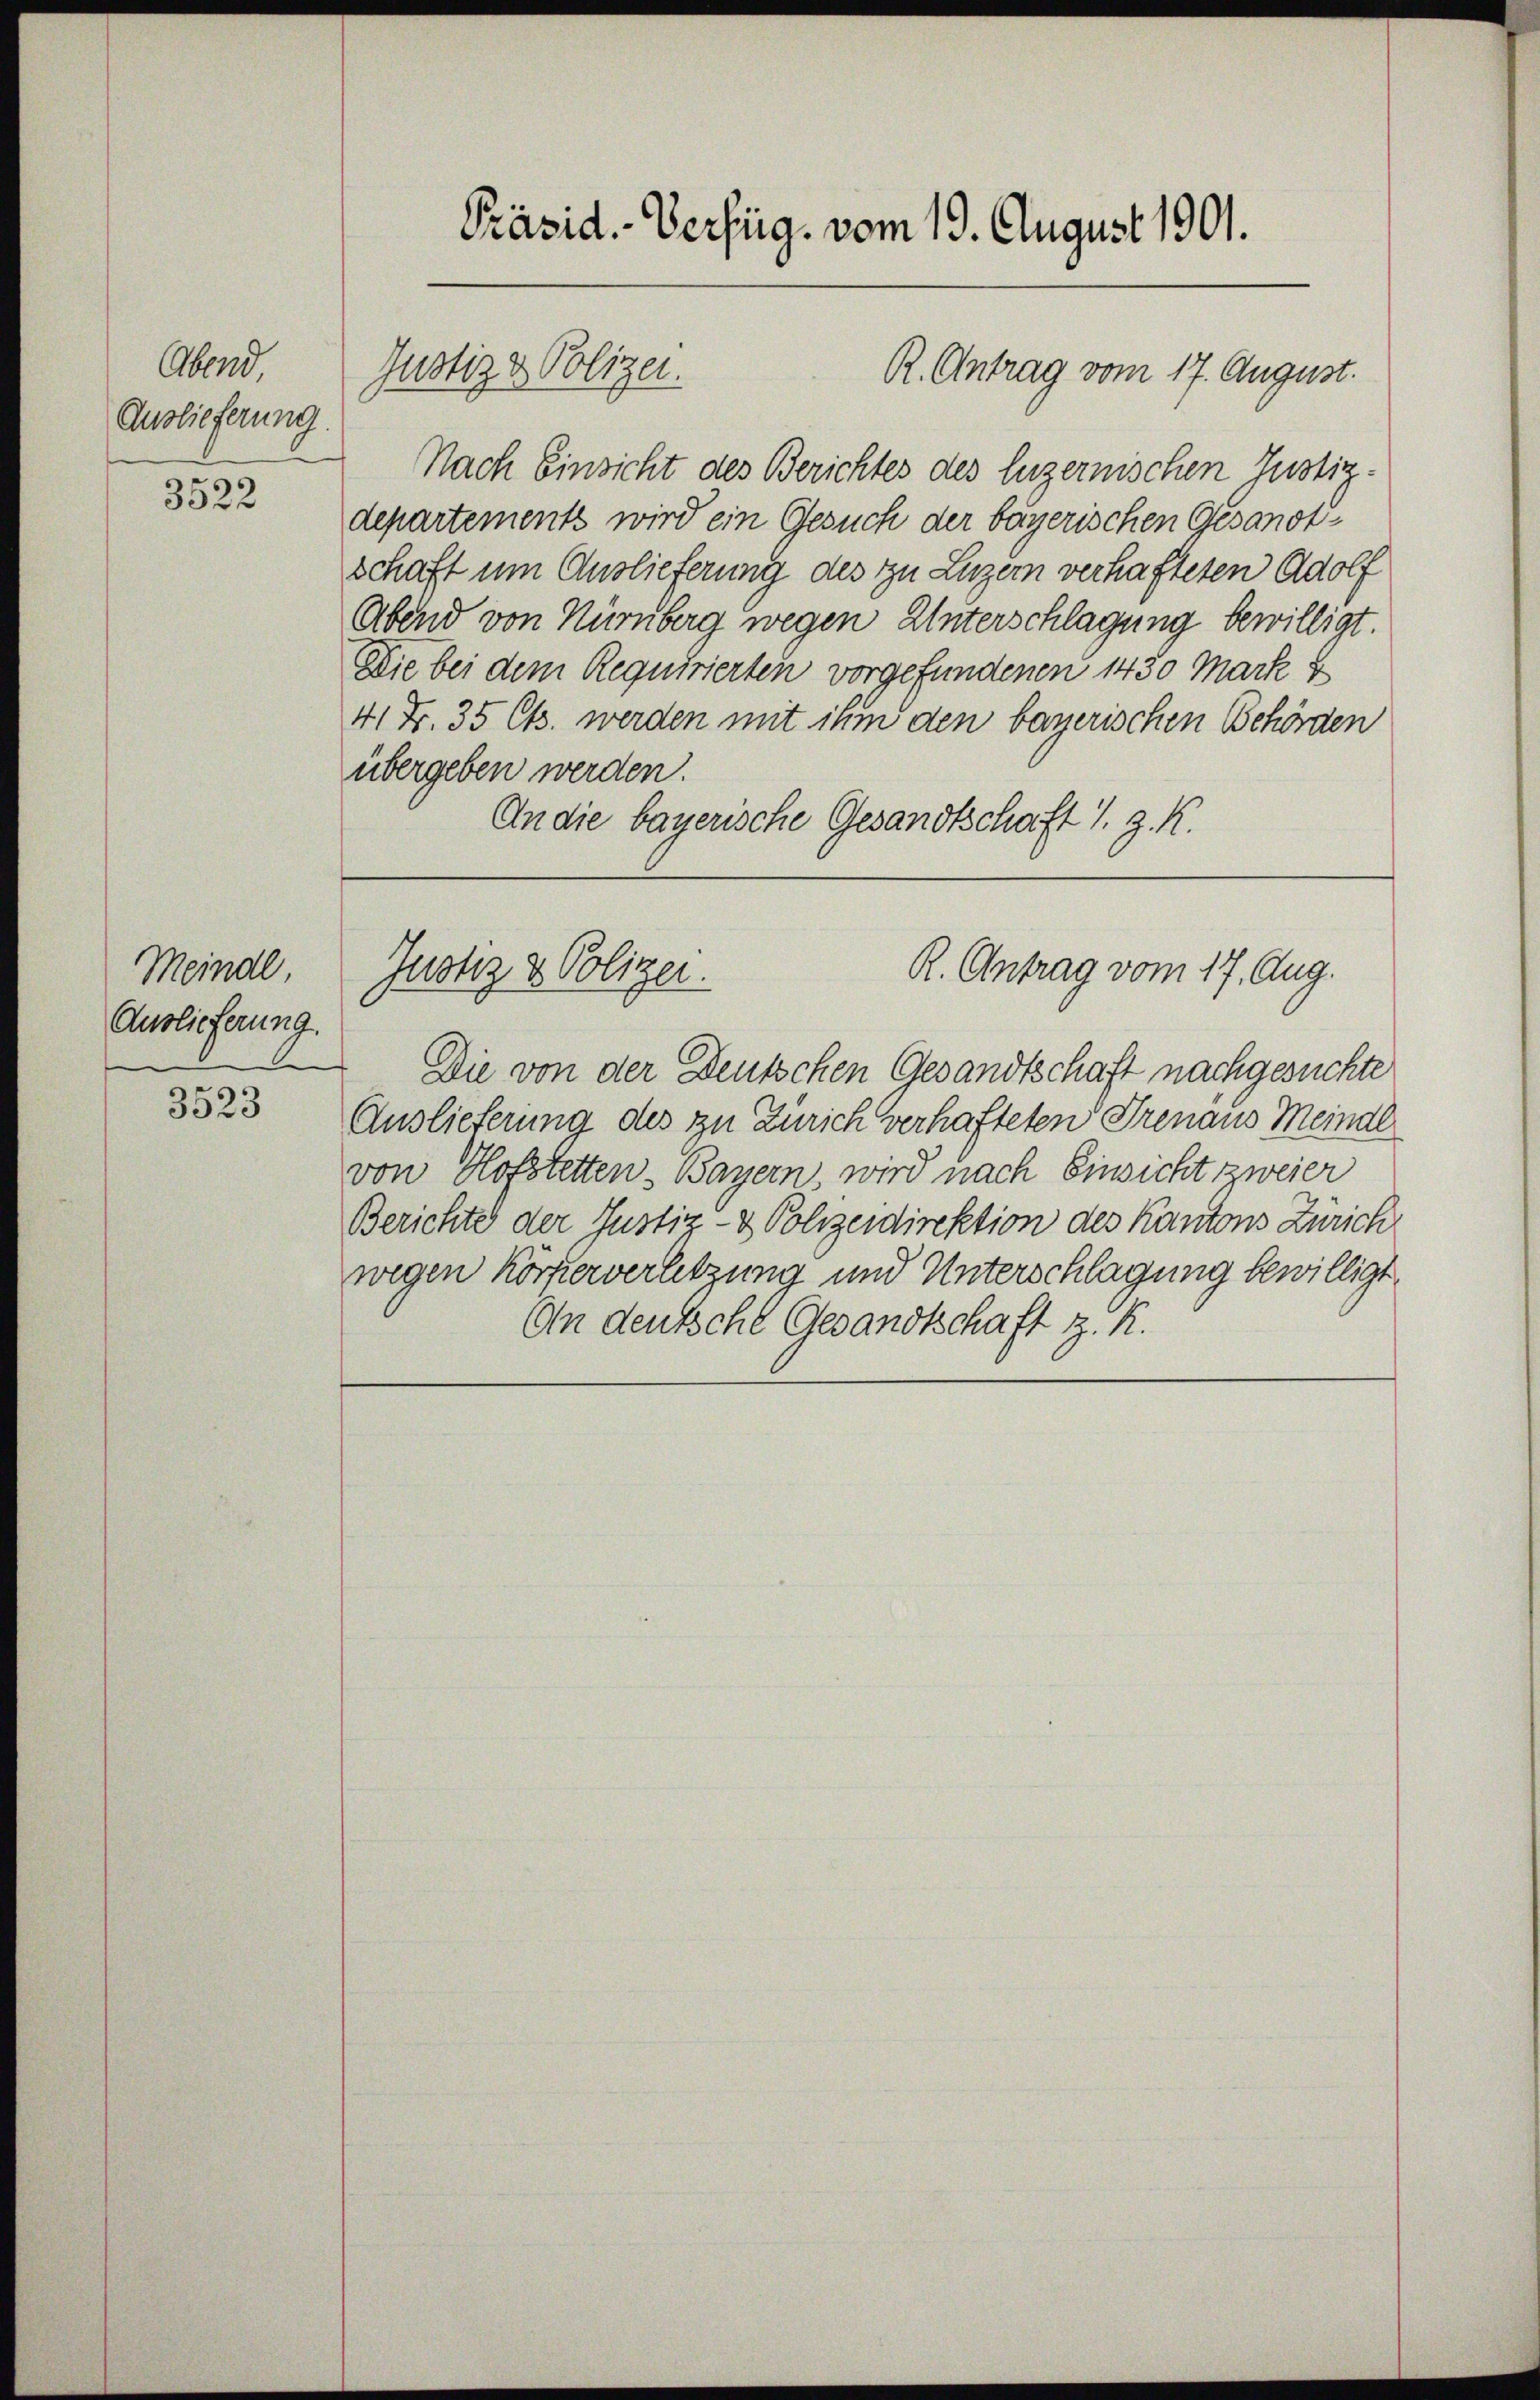
Abend,
Auslieferung

3522

Meinde
Auslieferung.

3523

Nach Einsicht des Berichtes des luzernischen Justiz-
departements wird ein Gesuch der bayerischen Gesandtschaft um Auslieferung des zu Luzern verhafteten Adolf
Abend von Nürnberg wegen Unterschlagung bewilligt.
Die bei dem Requirierten vorgefundenen 1450 Mark u
41 Fr. 35 Cts. werden mit ihm den bayerischen Behörden
übergeben werden.
An die bayerische Gesandtschaft s. z. R.

Präsid.-Verfüg, vom 19. August 1901.

Justiz & Polizei.

R. Antrag vom 17. August.

R. Antrag vom 17. Aug.
Justiz & Polizer.

Die von der Deutschen Gesandtschaft nachgesuchte
Auslieferung des zu Zürich verhafteten Grenaus Meindl
von Hofstetten- Bayern, wird nach Einsicht zweier
Berichte der Justiz- & Polizeidirektion des Kantons Zürich
wegen Körperverletzung und Unterschlagung bewilligt.
An deutsche Gesandtschaft z. R.